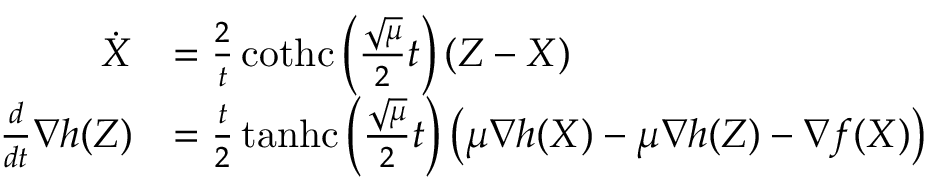
\begin{array} { r l } { \dot { X } } & { = \frac { 2 } { t } \operatorname { c o t h c } \left( \frac { \sqrt { \mu } } { 2 } t \right) ( Z - X ) } \\ { \frac { d } { d t } \nabla h ( Z ) } & { = \frac { t } { 2 } \operatorname { t a n h c } \left( \frac { \sqrt { \mu } } { 2 } t \right) \left( \mu \nabla h ( X ) - \mu \nabla h ( Z ) - \nabla f ( X ) \right) } \end{array}